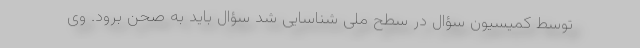
توسط کمیسیون سؤال در سطح ملی شناسایی شد سؤال باید به صحن برود. وی